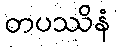
တပဿိနံ